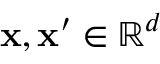
\mathbf { x } , \mathbf { x ^ { \prime } } \in \mathbb { R } ^ { d }